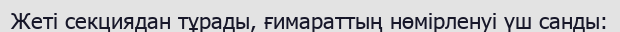
Жеті секциядан тұрады, ғимараттың нөмірленуі үш санды: